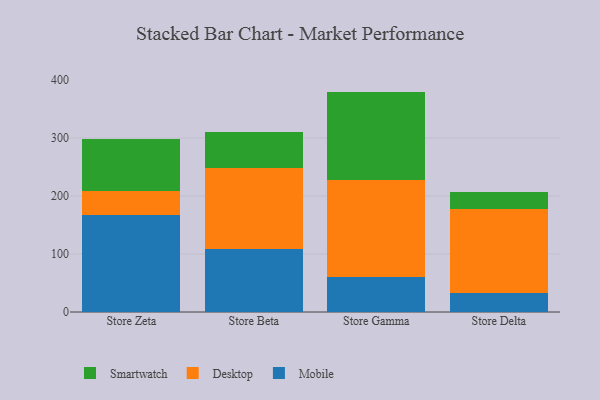
{"axis": {"x": "Store", "y": "Energy Usage (MWh)"}, "legend": ["Desktop", "Mobile", "Smartwatch"], "data": [{"x": "Store Zeta", "y": 166.8, "type": "Mobile"}, {"x": "Store Zeta", "y": 41.1, "type": "Desktop"}, {"x": "Store Zeta", "y": 90.7, "type": "Smartwatch"}, {"x": "Store Beta", "y": 109.2, "type": "Mobile"}, {"x": "Store Beta", "y": 138.4, "type": "Desktop"}, {"x": "Store Beta", "y": 62.1, "type": "Smartwatch"}, {"x": "Store Gamma", "y": 60.1, "type": "Mobile"}, {"x": "Store Gamma", "y": 167.3, "type": "Desktop"}, {"x": "Store Gamma", "y": 152.7, "type": "Smartwatch"}, {"x": "Store Delta", "y": 32.3, "type": "Mobile"}, {"x": "Store Delta", "y": 144.8, "type": "Desktop"}, {"x": "Store Delta", "y": 29.7, "type": "Smartwatch"}]}